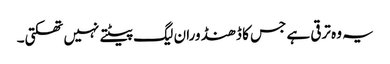
یہ وہ ترقی ہے جس کا ڈھنڈورا ن لیگ پیٹتے نہیں تھکتی۔